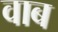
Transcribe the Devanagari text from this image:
वाब